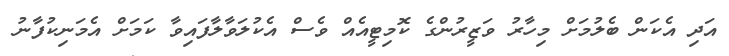
އަދި އެކަން ބެލުމަށް މިހާރު ވަޒީރުންގެ ކޮމިޓީއެއް ވެސް އެކުލަވާލާފައިވާ ކަމަށް އެމަނިކުފާނު